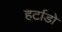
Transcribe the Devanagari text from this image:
हर्टाडो